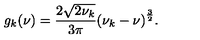
g _ { k } ( \nu ) = \frac { 2 { \sqrt { 2 \nu _ { k } } } } { 3 \pi } { \left( \nu _ { k } - \nu \right) } ^ { \frac { 3 } { 2 } } .